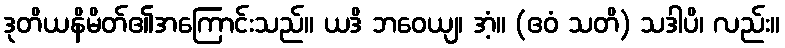
ဒုတိယနိမိတ်၏အကြောင်းသည်။ ယဒိ ဘဝေယျ၊ အံ့။ (ဧဝံ သတိ) သဒါပိ၊ လည်း။